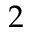
2